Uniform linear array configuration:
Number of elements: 24
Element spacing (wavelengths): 0.75
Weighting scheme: uniform
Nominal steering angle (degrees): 0
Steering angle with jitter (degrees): -1.943
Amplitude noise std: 0.05
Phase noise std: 0.05

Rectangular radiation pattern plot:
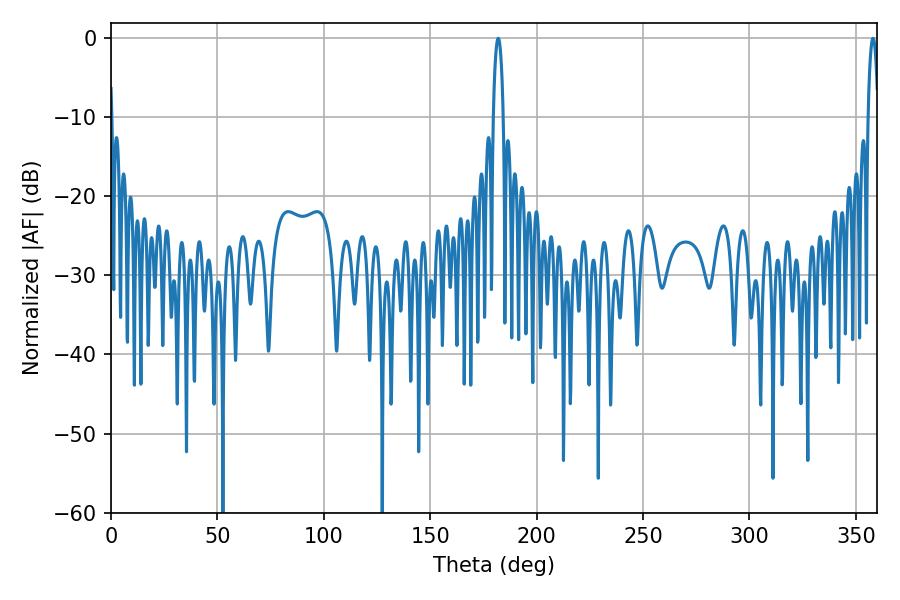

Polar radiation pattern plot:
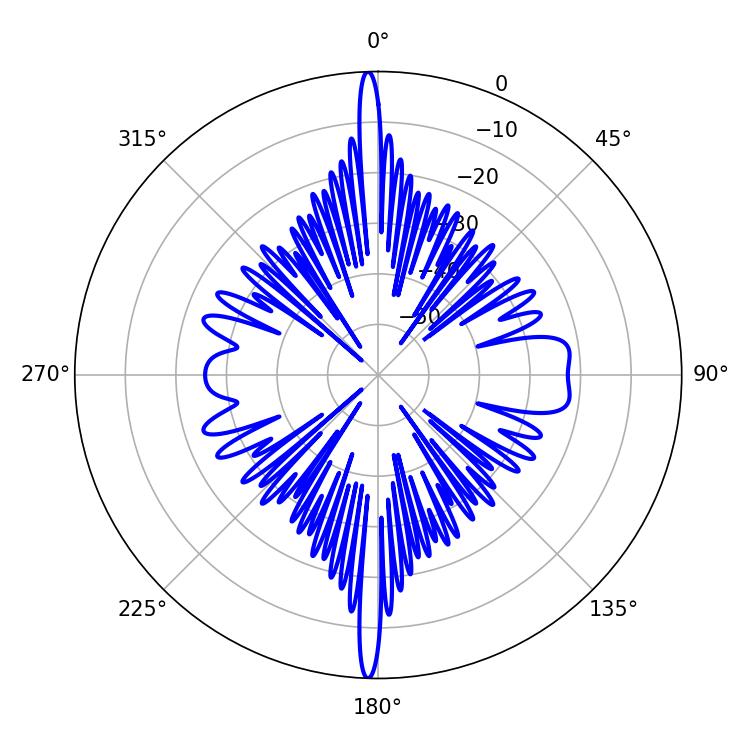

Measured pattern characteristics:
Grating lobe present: TRUE
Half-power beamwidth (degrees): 2.52
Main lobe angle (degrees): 181.98